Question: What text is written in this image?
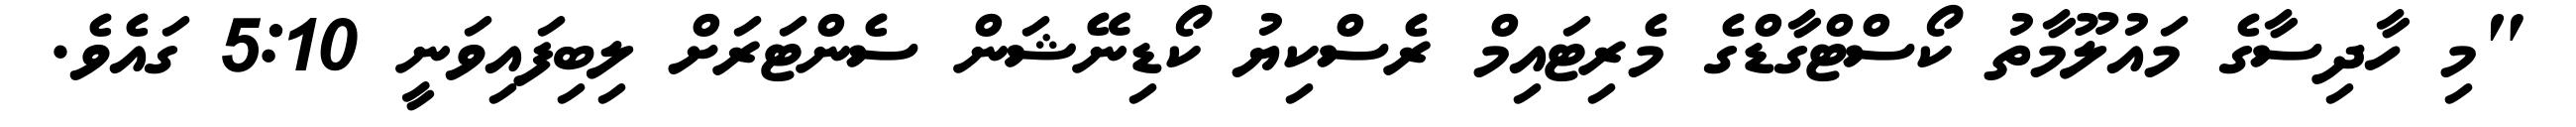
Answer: "މި ހާދިސާގެ މައުލޫމާތު ކޯސްޓްގާޑްގެ މެރިޓައިމް ރެސްކިޔު ކޯޑިނޭޝަން ސެންޓަރަށް ލިބިފައިވަނީ 5:10 ގައެވެ.